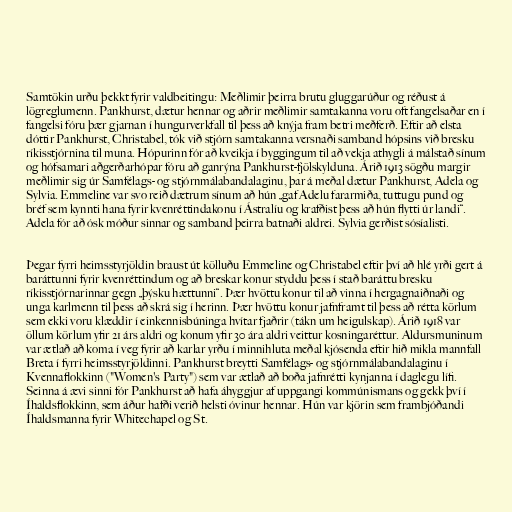
Samtökin urðu þekkt fyrir valdbeitingu: Meðlimir þeirra brutu gluggarúður og réðust á
lögreglumenn. Pankhurst, dætur hennar og aðrir meðlimir samtakanna voru oft fangelsaðar en í
fangelsi fóru þær gjarnan í hungurverkfall til þess að knýja fram betri meðferð. Eftir að elsta
dóttir Pankhurst, Christabel, tók við stjórn samtakanna versnaði samband hópsins við bresku
ríkisstjórnina til muna. Hópurinn fór að kveikja í byggingum til að vekja athygli á málstað sínum
og hófsamari aðgerðarhópar fóru að ganrýna Pankhurst-fjölskylduna. Árið 1913 sögðu margir
meðlimir sig úr Samfélags- og stjórnmálabandalaginu, þar á meðal dætur Pankhurst, Adela og
Sylvia. Emmeline var svo reið dætrum sínum að hún „gaf Adelu fararmiða, tuttugu pund og
bréf sem kynnti hana fyrir kvenréttindakonu í Ástralíu og krafðist þess að hún flytti úr landi“.
Adela fór að ósk móður sinnar og samband þeirra batnaði aldrei. Sylvia gerðist sósíalisti.

Þegar fyrri heimsstyrjöldin braust út kölluðu Emmeline og Christabel eftir því að hlé yrði gert á
baráttunni fyrir kvenréttindum og að breskar konur styddu þess í stað baráttu bresku
ríkisstjórnarinnar gegn „þýsku hættunni“. Þær hvöttu konur til að vinna í hergagnaiðnaði og
unga karlmenn til þess að skrá sig í herinn. Þær hvöttu konur jafnframt til þess að rétta körlum
sem ekki voru klæddir í einkennisbúninga hvítar fjaðrir (tákn um heigulskap). Árið 1918 var
öllum körlum yfir 21 árs aldri og konum yfir 30 ára aldri veittur kosningaréttur. Aldursmuninum
var ætlað að koma í veg fyrir að karlar yrðu í minnihluta meðal kjósenda eftir hið mikla mannfall
Breta í fyrri heimsstyrjöldinni. Pankhurst breytti Samfélags- og stjórnmálabandalaginu í
Kvennaflokkinn ("Women's Party") sem var ætlað að boða jafnrétti kynjanna í daglegu lífi.
Seinna á ævi sinni fór Pankhurst að hafa áhyggjur af uppgangi kommúnismans og gekk því í
Íhaldsflokkinn, sem áður hafði verið helsti óvinur hennar. Hún var kjörin sem frambjóðandi
Íhaldsmanna fyrir Whitechapel og St.